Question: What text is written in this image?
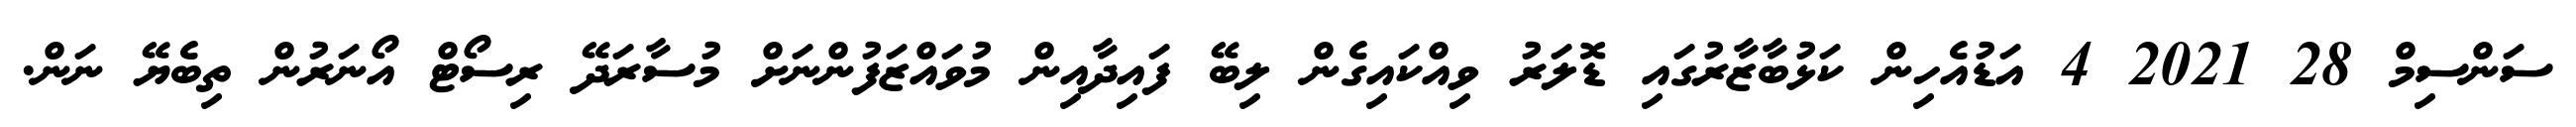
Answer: ސަންސިމް 28 2021 4 އަޑުއެހިން ކަޅުބާޒާރުގައި ޑޮލަރު ވިއްކައިގެން ލިބޭ ފައިދާއިން މުވައްޒަފުންނަށް މުސާރަދޭ ރިސޯޓް އޯނަރުން ތިބެޔޭ ނަން.